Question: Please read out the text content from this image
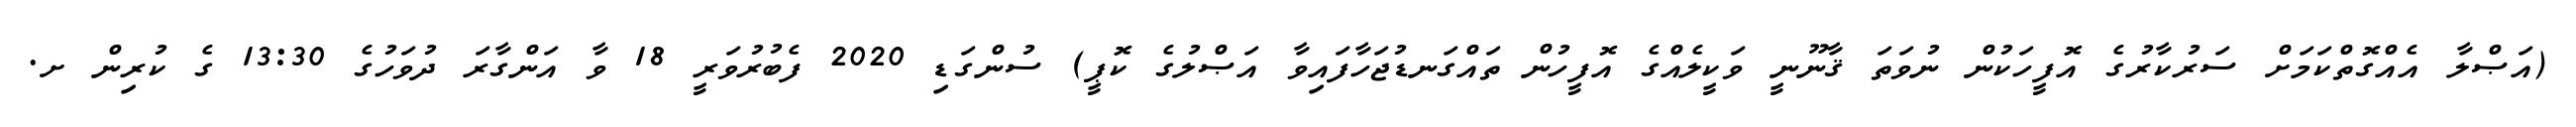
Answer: (އަޞްލާ އެއްގޮތްކަމަށް ސަރުކާރުގެ އޮފީހަކުން ނުވަތަ ޤާނޫނީ ވަކީލެއްގެ އޮފީހުން ތައްގަނޑުޖަހާފައިވާ އަޞްލުގެ ކޮޕީ) ސުންގަޑި 2020 ފެބުރުވަރީ 18 ވާ އަންގާރަ ދުވަހުގެ 13:30 ގެ ކުރިން ށ.